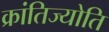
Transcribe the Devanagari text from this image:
क्रांतिज्योति